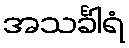
အသင်္ခါရံ